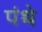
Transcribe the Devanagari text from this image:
पंथे